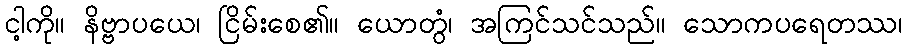
ငါ့ကို။ နိဗ္ဗာပယေ၊ ငြိမ်းစေ၏။ ယောတွံ၊ အကြင်သင်သည်။ သောကပရေတဿ၊